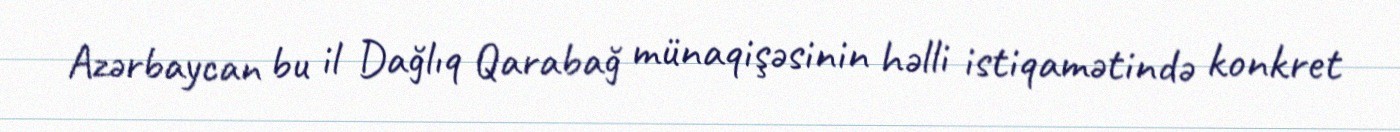
Azərbaycan bu il Dağlıq Qarabağ münaqişəsinin həlli istiqamətində konkret